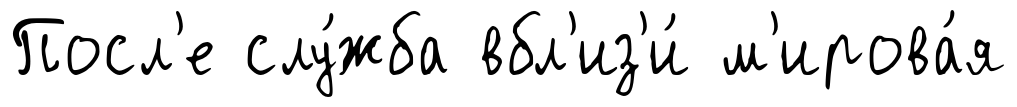
Посл'е слу́жба вбл'из'и́ м'ирова́я